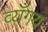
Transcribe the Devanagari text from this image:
व्यँगय